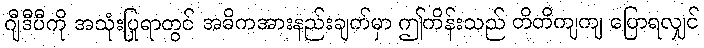
ဂျီဒီပီကို အသုံးပြုရာတွင် အဓိကအားနည်းချက်မှာ ဤကိန်းသည် တိတိကျကျ ပြောရလျှင်